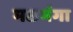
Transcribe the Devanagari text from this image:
मछमंगा